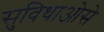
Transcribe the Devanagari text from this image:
सुविधाओसे